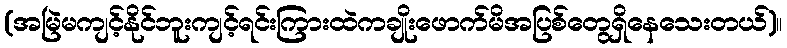
(အမြဲမကျင့်နိုင်ဘူးကျင့်ရင်းကြားထဲကချိုးဖောက်မိအပြစ်တွေရှိနေသေးတယ်)။